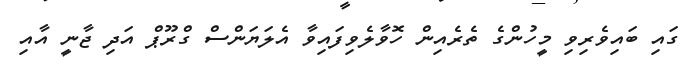
ގައި ބައިވެރިވި މީހުންގެ ތެރެއިން ހޮވާލެވިފައިވާ އެލަޔަންސް ގްރޫޕް އަދި ޖާނީ އާއި